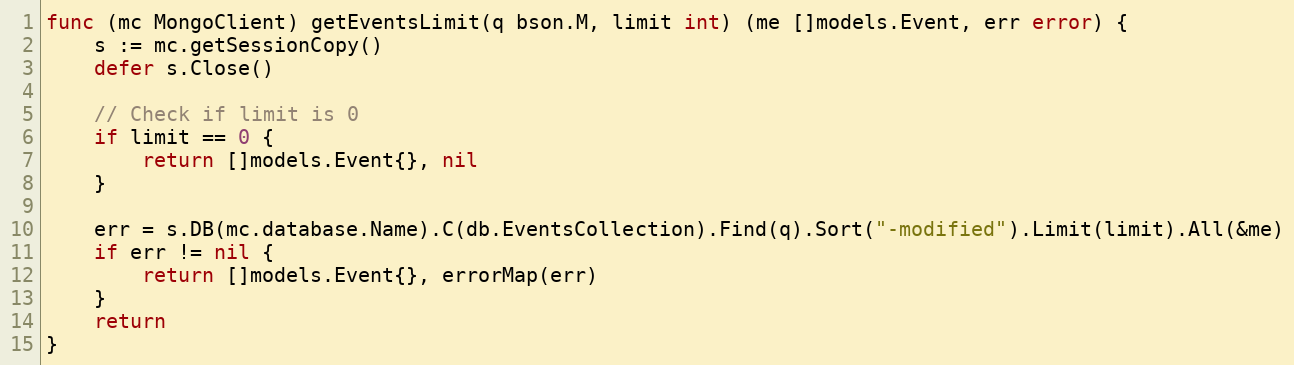
Language: Go
func (mc MongoClient) getEventsLimit(q bson.M, limit int) (me []models.Event, err error) {
	s := mc.getSessionCopy()
	defer s.Close()

	// Check if limit is 0
	if limit == 0 {
		return []models.Event{}, nil
	}

	err = s.DB(mc.database.Name).C(db.EventsCollection).Find(q).Sort("-modified").Limit(limit).All(&me)
	if err != nil {
		return []models.Event{}, errorMap(err)
	}
	return
}